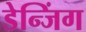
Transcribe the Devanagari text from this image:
डेन्जिंग